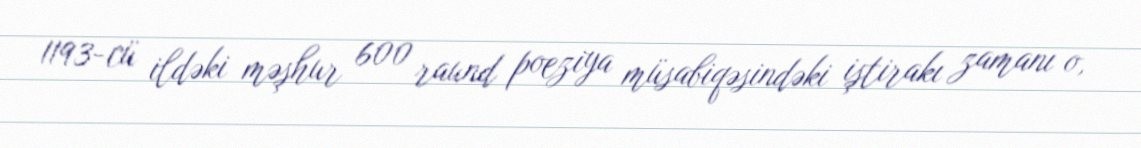
1193-cü ildəki məşhur 600 raund poeziya müsabiqəsindəki iştirakı zamanı o,